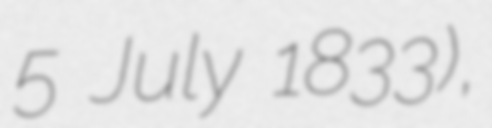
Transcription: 5 July 1833),